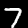
Label: 7